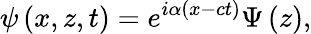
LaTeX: \psi\left(x,z,t\right)=e^{i\alpha\left(x-ct\right)}\Psi\left(z\right),